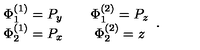
\begin{array} { c c c } { \Phi _ { 1 } ^ { ( 1 ) } = P _ { y } } & { { } } & { \Phi _ { 1 } ^ { ( 2 ) } = P _ { z } } \\ { \Phi _ { 2 } ^ { ( 1 ) } = P _ { x } } & { { } } & { \Phi _ { 2 } ^ { ( 2 ) } = z } \\ \end{array} .